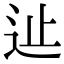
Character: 𨑭